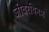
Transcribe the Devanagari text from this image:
जीवरथिनम